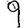
Digit: 9